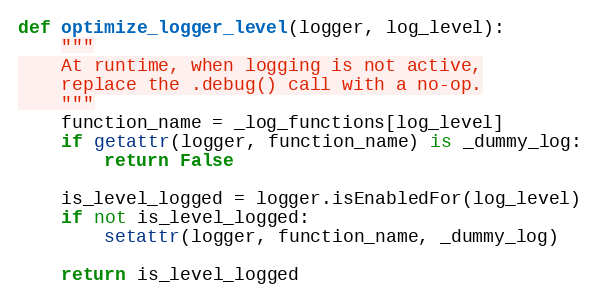
Language: Python
def optimize_logger_level(logger, log_level):
    """
    At runtime, when logging is not active,
    replace the .debug() call with a no-op.
    """
    function_name = _log_functions[log_level]
    if getattr(logger, function_name) is _dummy_log:
        return False

    is_level_logged = logger.isEnabledFor(log_level)
    if not is_level_logged:
        setattr(logger, function_name, _dummy_log)

    return is_level_logged